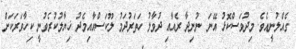
ގެއްލުނީއެވެ. މިދުވަސްކޮޅު އޭނަ ނުނިދާ ރެއާއި ދުވާލު ހަތަރުދަމު ލޫކަސްއާއިމެދު ޚިޔާލުކުރެވުނީ ކިހާވަރަކަށް